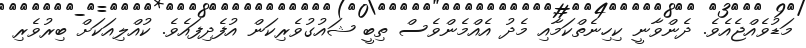
މަޑުވެއްޖެއެވެ. ދެންވާނީ ކިހިނެތްކަމާއި މެދު އެއްމެންވެސް ތިބީ ޝައުގުވެރިކަން އުފެދިފައެވެ. ކުއްލިއަކަށް ބިރުވެރި